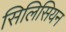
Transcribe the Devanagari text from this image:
सिलिसियन